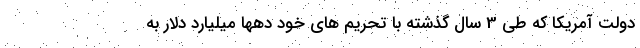
دولت آمریکا که طی 3 سال گذشته با تحریم های خود دهها میلیارد دلار به